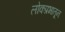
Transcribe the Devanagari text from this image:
लोकप्रभातून